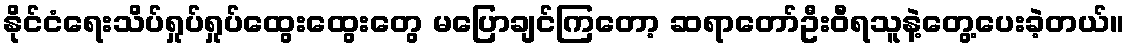
နိုင်ငံရေးသိပ်ရှုပ်ရှုပ်ထွေးထွေးတွေ မပြောချင်ကြတော့ ဆရာတော်ဦးဝီရသူနဲ့တွေ့ပေးခဲ့တယ်။